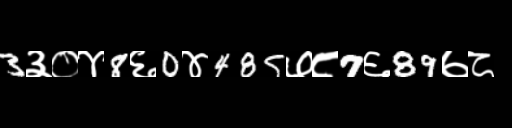
Text: 3३०४8६0४485७८7६89७८